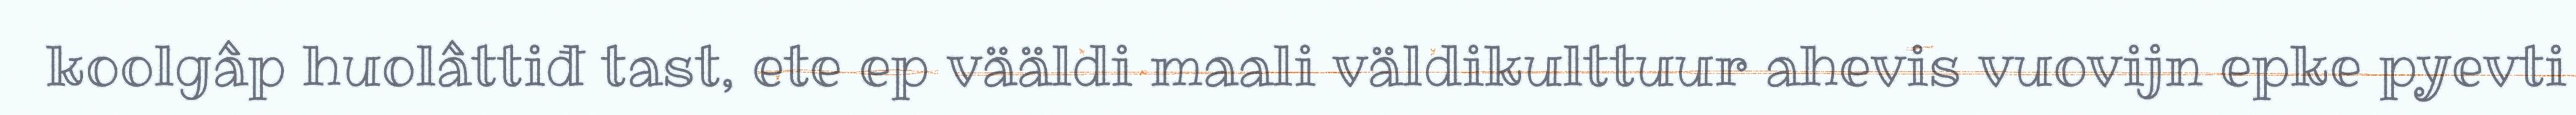
koolgâp huolâttiđ tast, ete ep vääldi maali väldikulttuur ahevis vuovijn epke pyevti